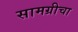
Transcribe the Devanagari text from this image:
सामग्रीचा